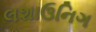
લશાઉનિગ